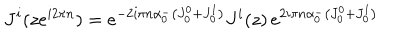
LaTeX: J ^ { i } ( z e ^ { i 2 \pi n } ) = e ^ { - 2 i \pi n \alpha _ { 0 } ^ { - } \left( J _ { 0 } ^ { 0 } + J _ { 0 } ^ { 1 } \right) } J ^ { i } ( z ) \, e ^ { 2 i \pi n \alpha _ { 0 } ^ { - } \left( J _ { 0 } ^ { 0 } + J _ { 0 } ^ { 1 } \right) }